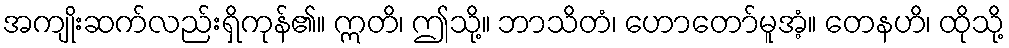
အကျိုးဆက်လည်းရှိကုန်၏။ ဣတိ၊ ဤသို့။ ဘာသိတံ၊ ဟောတော်မူအံ့။ တေနဟိ၊ ထိုသို့